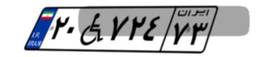
۲۰W۷۲۴۷۳